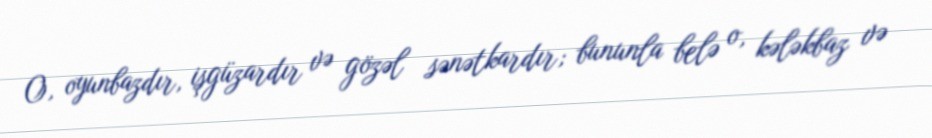
O, oyunbazdır, işgüzardır və gözəl sənətkardır; bununla belə o, kələkbaz və